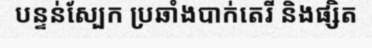
បន្ទន់ស្បែក ប្រឆាំងបាក់តេរី និងផ្សិត